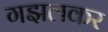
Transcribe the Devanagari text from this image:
गझलकर